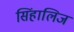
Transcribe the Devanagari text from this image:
सिंहालिज